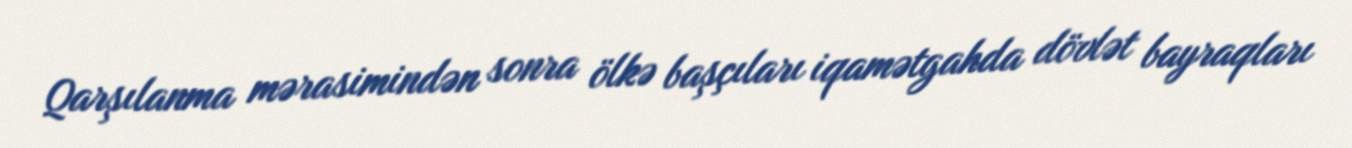
Qarşılanma mərasimindən sonra ölkə başçıları iqamətgahda dövlət bayraqları